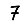
Digit: 7